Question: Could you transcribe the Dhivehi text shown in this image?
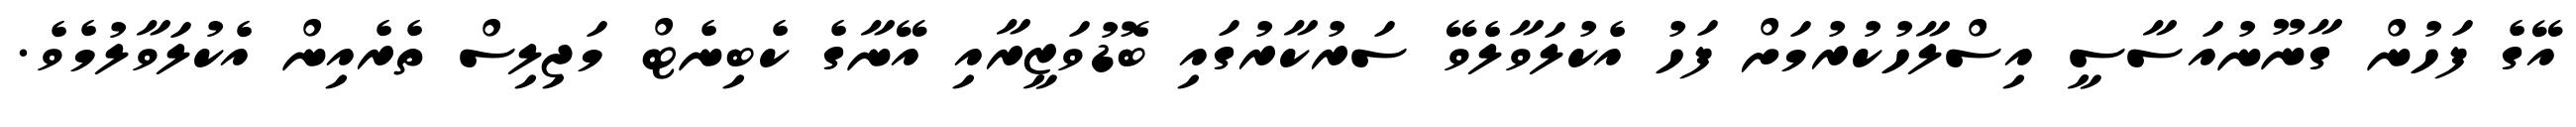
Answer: އޭގެ ފަހުން ގާނޫނުއަސާސީ އިސްލާހުކުރުމަށް ފަހު އެކުލަވާލެވޭ ސަރުކާރުގައި ބޮޑުވަޒީރާއި އޭނާގެ ކެބިނެޓް މަޖިލިސް ތެރެއިން އެކުލަވާލުމެވެ.